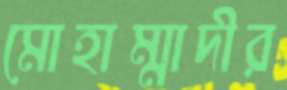
মোহাম্মাদীর